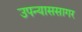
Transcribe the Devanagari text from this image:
उपन्याससागर